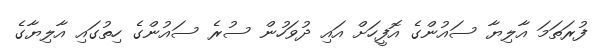
ފުރަތަމަ އާލިޔާ ސައުންގެ އޮފީހަށް އައި ދުވަހުން ސުރެ ސައުންގެ ހިތުގައި އާލިޔާގެ